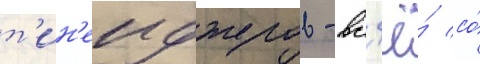
т'ин'еиджеров - вс'ё́ со́